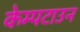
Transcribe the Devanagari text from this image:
केम्पटाउन